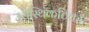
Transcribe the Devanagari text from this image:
उरोस्थिंकठिका